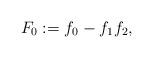
LaTeX: \begin{align*}F_0:=f_0-f_1f_2,\end{align*}